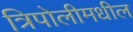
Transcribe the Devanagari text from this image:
त्रिपोलीमधील